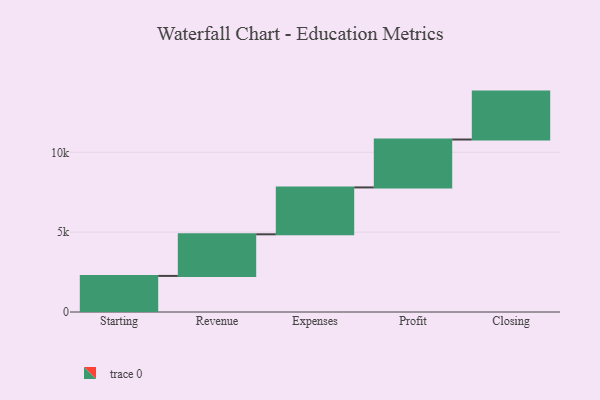
{"axis": {"x": "Step", "y": "Value"}, "legend": [""], "data": [{"x": "Starting", "y": 2259.0, "type": ""}, {"x": "Revenue", "y": 2606.0, "type": ""}, {"x": "Expenses", "y": 2936.0, "type": ""}, {"x": "Profit", "y": 3000, "type": ""}, {"x": "Closing", "y": 3000, "type": ""}]}